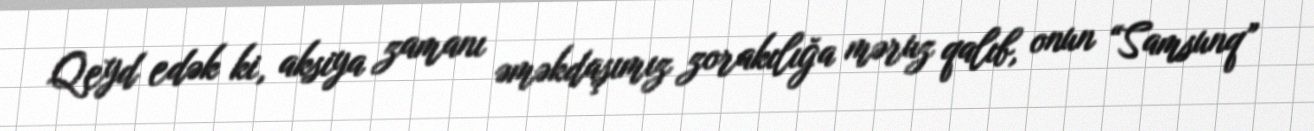
Qeyd edək ki, aksiya zamanı əməkdaşımız zorakılığa məruz qalıb, onun “Samsunq”